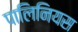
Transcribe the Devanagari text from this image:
पालिनियस